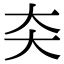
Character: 㚐